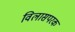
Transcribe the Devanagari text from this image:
विलासपरक